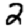
Digit: 2